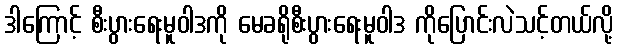
ဒါကြောင့် စီးပွားရေးမူဝါဒကို မေခရိုစီးပွားရေးမူဝါဒ ကိုပြောင်းလဲသင့်တယ်လို့